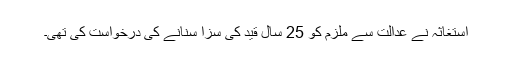
استغاثہ نے عدالت سے ملزم کو 25 سال قید کی سزا سنانے کی درخواست کی تھی۔